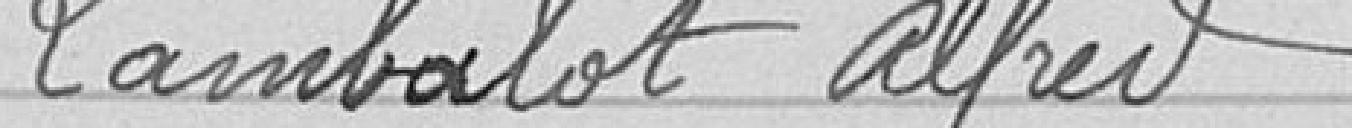
Lambalot Alfred